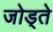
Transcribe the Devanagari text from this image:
जोड्ते